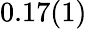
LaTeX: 0.17(1)